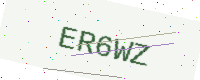
Text: ER6WZ